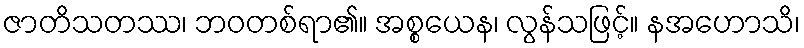
ဇာတိသတဿ၊ ဘဝတစ်ရာ၏။ အစ္စယေန၊ လွန်သဖြင့်။ နအဟောသိ၊